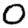
Digit: 0